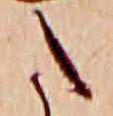
た